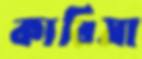
কারিমা